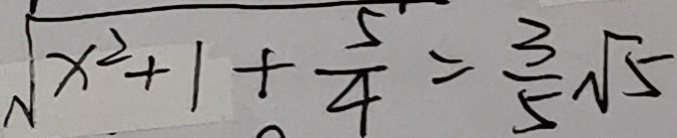
\sqrt { x ^ { 2 } + 1 + \frac { 5 } { 4 } } = \frac { 3 } { 5 } \sqrt { 5 }